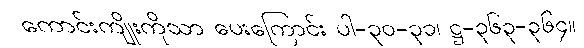
ကောင်းကျိုးကိုသာ ပေးကြောင်း ပါ-၃၀-၃၁၊ ဋ္ဌ-၃၆၃-၃၆၄။